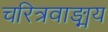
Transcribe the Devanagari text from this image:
चरित्रवाङ्मय